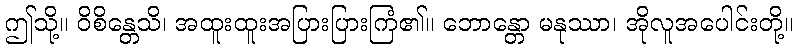
ဤသို့။ ဝိစိန္တေသိ၊ အထူးထူးအပြားပြားကြံ၏။ ဘောန္တော မနုဿာ၊ အိုလူအပေါင်းတို့။